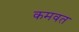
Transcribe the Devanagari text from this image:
कमवत